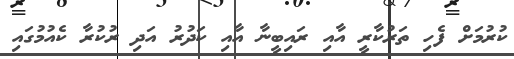
ކުރުމަށް ފެހި ތަރުކާރީ އާއި ރައިބީނާ އާއި ކަދުރު އަދި ރުކުރާ ކެއުމުގައި